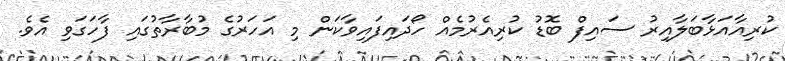
ކުރިއާއަޅާބަލާއިރު ސައިފް ބޮޑު ކުރިއެރުމެއް ހޯދައިފައިވާކަން މި އަހަރުގެ މުބާރާތުގައި ފާހަގަވި އެވެ.